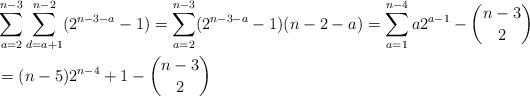
LaTeX: \begin{align*}&\sum_{a=2}^{n-3}\sum_{d=a+1}^{n-2}(2^{n-3-a}-1)=\sum_{a=2}^{n-3}(2^{n-3-a}-1)(n-2-a)=\sum_{a=1}^{n-4}a2^{a-1}-\binom{n-3}{2}\\&=(n-5)2^{n-4}+1-\binom{n-3}{2}\end{align*}